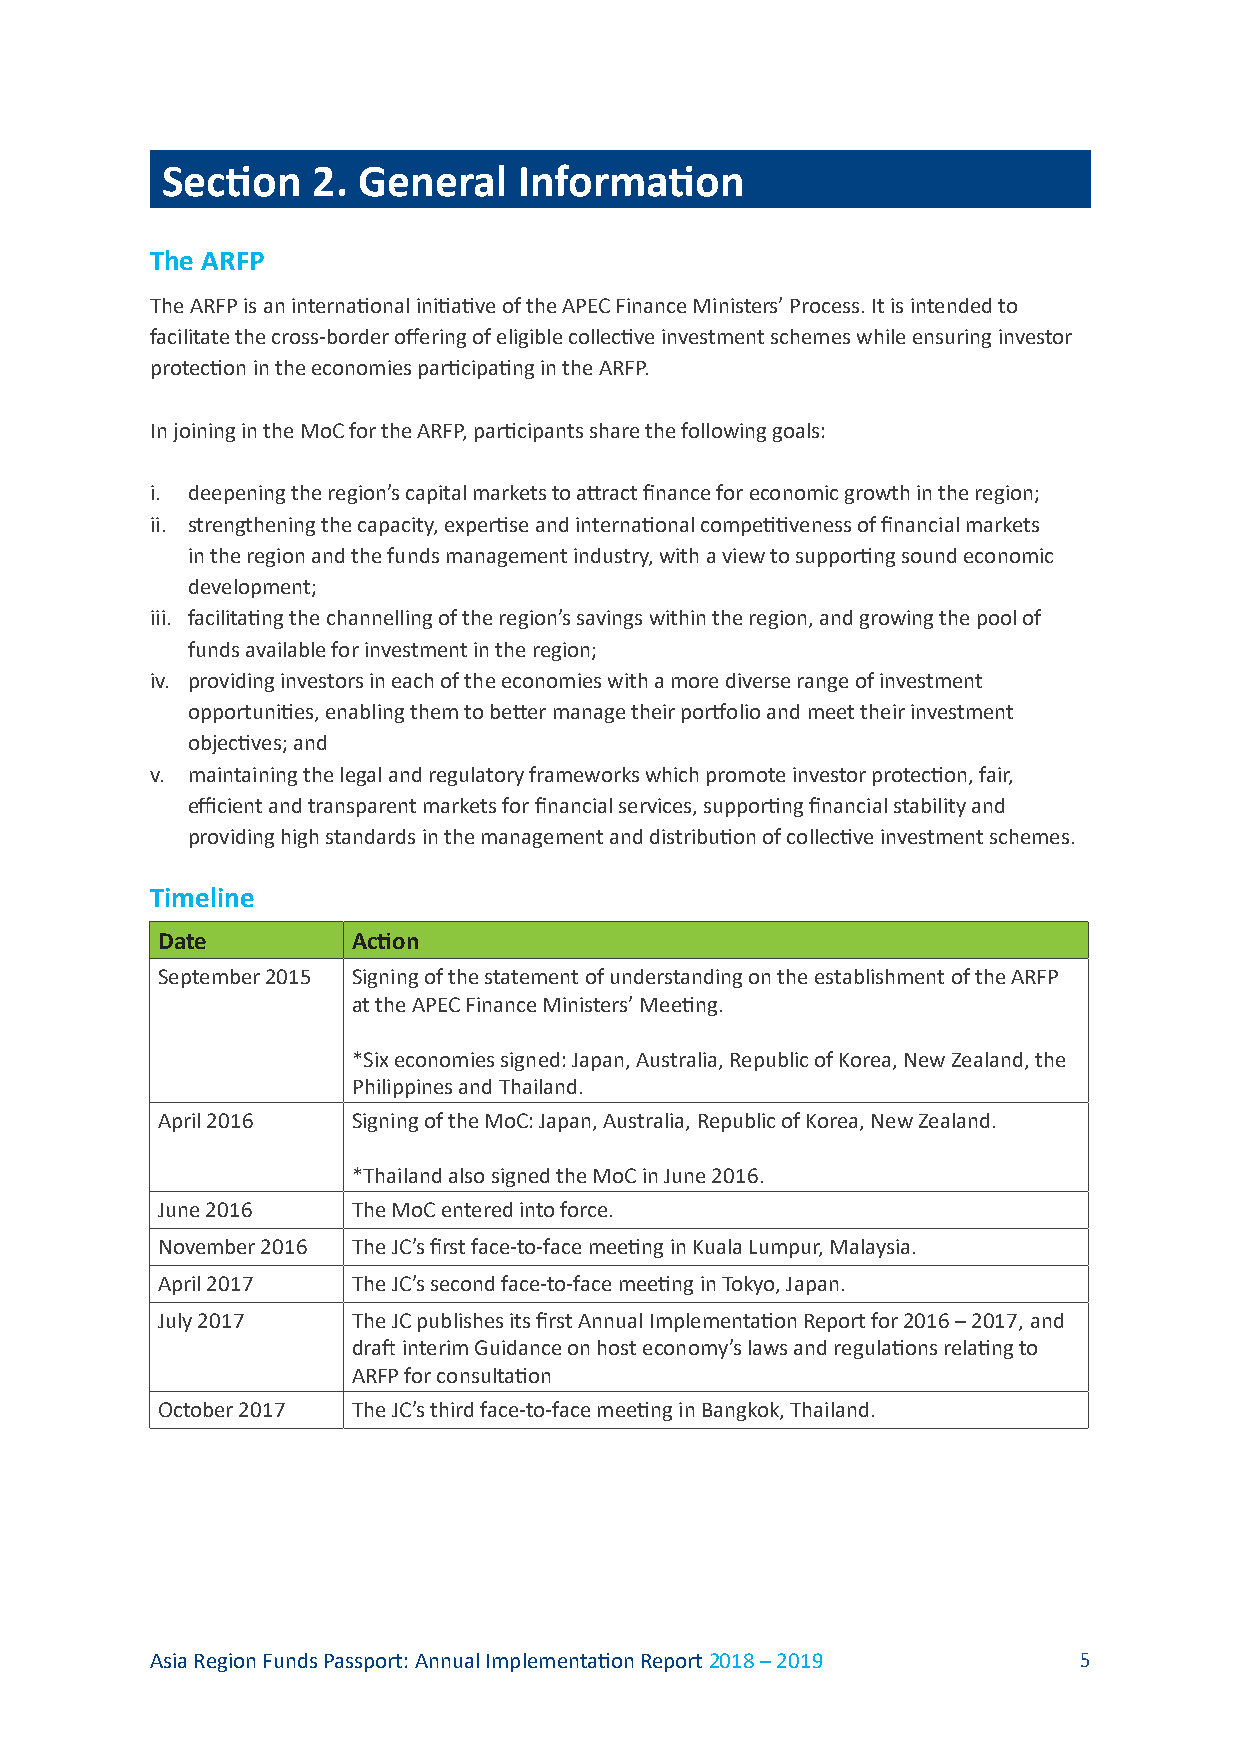
Section   2. General   Information
 The ARFP
 The ARFP is an international initiative of the APEC Finance Ministers’ Process. It is intended to
 facilitate the cross-border offering of eligible collective investment schemes while ensuring investor
 protection in the economies participating in the ARFP.
 In joining in the MoC for the ARFP, participants share the following goals:
 i. deepening the region’s capital markets to attract finance for economic growth in the region;
 ii. strengthening the capacity, expertise and international competitiveness of financial markets
 in the region and the funds management industry, with a view to supporting sound economic
 development;
 iii. facilitating the channelling of the region’s savings within the region, and growing the pool of
 funds available for investment in the region;
 iv. providing investors in each of the economies with a more diverse range of investment
 opportunities, enabling them to better manage their portfolio and meet their investment
 objectives; and
 v. maintaining the legal and regulatory frameworks which promote investor protection, fair,
 efficient and transparent markets for financial services, supporting financial stability and
 providing high standards in the management and distribution of collective investment schemes.
 Timeline
 Date         Action
 September 2015 Signing of the statement of understanding on the establishment of the ARFP
 at the APEC Finance Ministers’ Meeting.
 *Six economies signed: Japan, Australia, Republic of Korea, New Zealand, the
 Philippines and Thailand.
 April 2016   Signing of the MoC: Japan, Australia, Republic of Korea, New Zealand.
 *Thailand also signed the MoC in June 2016.
 June 2016    The MoC entered into force.
 November 2016 The JC’s first face-to-face meeting in Kuala Lumpur, Malaysia.
 April 2017   The JC’s second face-to-face meeting in Tokyo, Japan.
 July 2017    The JC publishes its first Annual Implementation Report for 2016 – 2017, and
 draft interim Guidance on host economy’s laws and regulations relating to
 ARFP for consultation
 October 2017 The JC’s third face-to-face meeting in Bangkok, Thailand.
 Asia Region Funds Passport: Annual Implementation Report 2018 – 2019 5